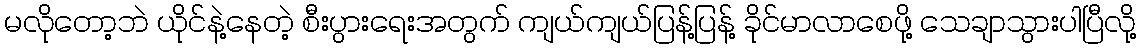
မလိုတော့ဘဲ ယိုင်နဲ့နေတဲ့ စီးပွားရေးအတွက် ကျယ်ကျယ်ပြန့်ပြန့် ခိုင်မာလာစေဖို့ သေချာသွားပါပြီလို့